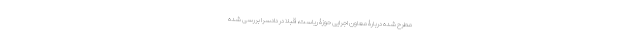
مطرح شده دربارۀ معاون اجرایی حوزۀ ریاست، قبلا در دادسرا بررسی شده